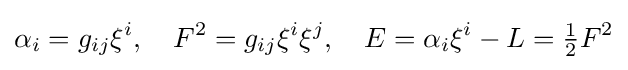
\alpha _{i}=g_{ij}\xi ^{i},\quad F^{2}=g_{ij}\xi ^{i}\xi ^{j},\quad E=\alpha _{i}\xi ^{i}-L={\tfrac {1}{2}}F^{2}